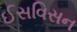
ઈસવિસન